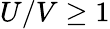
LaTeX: U/V\geq 1